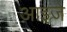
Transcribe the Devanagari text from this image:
आइजे